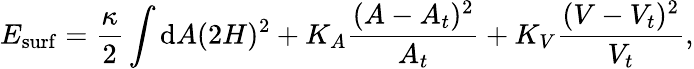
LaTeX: E_{\mathrm{surf}}=\frac{\kappa}{2}\int\mathrm{d}A(2H)^{2}+K_{A}\frac{(A-A_{t})^{2}}{A_{t}}+K_{V}\frac{(V-V_{t})^{2}}{V_{t}},